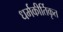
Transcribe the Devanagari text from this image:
धर्मकीर्तिकृत